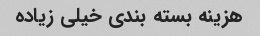
هزینه بسته بندی خیلی زیاده